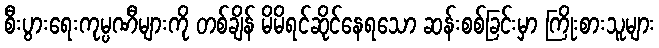
စီးပွားရေးကုမ္ပဏီများကို တစ်ချိန် မိမိရင်ဆိုင်နေရသော ဆန်းစစ်ခြင်းမှာ ကြိုးစားသူများ